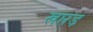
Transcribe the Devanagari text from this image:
खप्तड़